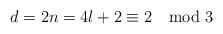
LaTeX: \begin{align*}d=2n=4l+2\equiv 2 \mod 3\end{align*}